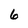
Character: 6